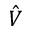
\hat { V }